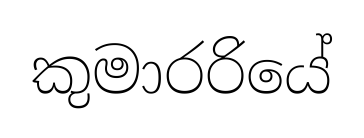
කුමාරරියේ